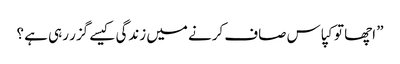
” اچھا تو کپاس صاف کرنے میں زندگی کیسے گزر رہی ہے ؟